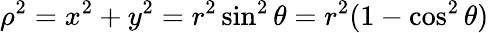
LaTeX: \rho^{2}=x^{2}+y^{2}=r^{2}\sin^{2}\theta=r^{2}(1-\cos^{2}\theta)